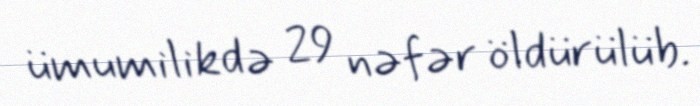
ümumilikdə 29 nəfər öldürülüb.